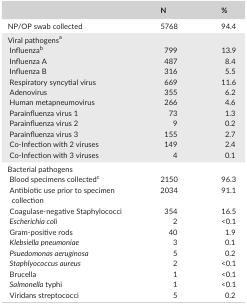
<table><thead><tr><td></td><td><b>N</b></td><td><b>%</b></td></tr></thead><tbody><tr><td>NP/OP swab collected</td><td>5768</td><td>94.4</td></tr><tr><td colspan="3">Viral pathogensa</td></tr><tr><td> Influenzab</td><td>799</td><td>13.9</td></tr><tr><td> Influenza A</td><td>487</td><td>8.4</td></tr><tr><td> Influenza B</td><td>316</td><td>5.5</td></tr><tr><td> Respiratory syncytial virus</td><td>669</td><td>11.6</td></tr><tr><td> Adenovirus</td><td>355</td><td>6.2</td></tr><tr><td> Human metapneumovirus</td><td>266</td><td>4.6</td></tr><tr><td> Parainfluenza virus 1</td><td>73</td><td>1.3</td></tr><tr><td> Parainfluenza virus 2</td><td>9</td><td>0.2</td></tr><tr><td> Parainfluenza virus 3</td><td>155</td><td>2.7</td></tr><tr><td> Co‐Infection with 2 viruses</td><td>149</td><td>2.4</td></tr><tr><td> Co‐Infection with 3 viruses</td><td>4</td><td>0.1</td></tr><tr><td colspan="3">Bacterial pathogens</td></tr><tr><td> Blood specimens collectedc</td><td>2150</td><td>96.3</td></tr><tr><td> Antibiotic use prior to specimen collection</td><td>2034</td><td>91.1</td></tr><tr><td> Coagulase‐negative Staphylococci</td><td>354</td><td>16.5</td></tr><tr><td> <i>Escherichia coli</i></td><td>2</td><td>&lt;0.1</td></tr><tr><td> Gram‐positive rods</td><td>40</td><td>1.9</td></tr><tr><td> <i>Klebsiella pneumoniae</i></td><td>3</td><td>0.1</td></tr><tr><td> <i>Psuedomonas aeruginosa</i></td><td>5</td><td>0.2</td></tr><tr><td> <i>Staphlyococcus aureus</i></td><td>2</td><td>&lt;0.1</td></tr><tr><td> Brucella</td><td>1</td><td>&lt;0.1</td></tr><tr><td> <i>Salmonella</i> typhi</td><td>1</td><td>&lt;0.1</td></tr><tr><td> Viridans streptococci</td><td>5</td><td>0.2</td></tr></tbody></table>